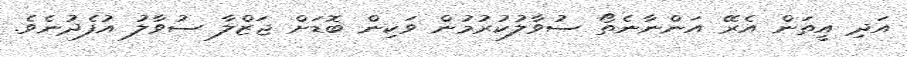
އަދި އީތަން އެރޭ އަންނާނެތޯ ސުވާލުކުރުމުން ވަކިން ބޮޑަށް ޖަޒްލާ ސުވާލު އުފެދުނެވެ.